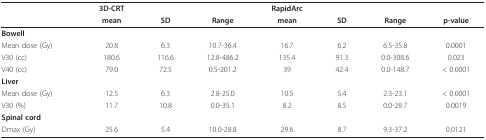
|  | 3D-CRT |  |  | RapidArc |  |  |  |
 |  | mean | SD | Range | mean | SD | Range | p-value |
 | --- | --- | --- | --- | --- | --- | --- | --- |
 | Bowell |  |  |  |  |  |  |  |
 | Mean dose (Gy) | 20.8 | 6.3 | 10.7-36.4 | 16.7 | 6.2 | 6.5-35.8 | 0.0001 |
 | V30 (cc) | 180.6 | 116.6 | 12.8-486.2 | 135.4 | 91.3 | 0.0-308.6 | 0.023 |
 | V40 (cc) | 79.0 | 72.5 | 0.5-201.2 | 39 | 42.4 | 0.0-148.7 | < 0.0001 |
 | Liver |  |  |  |  |  |  |  |
 | Mean dose (Gy) | 12.5 | 6.3 | 2.8-25.0 | 10.5 | 5.4 | 2.3-23.1 | < 0.0001 |
 | V30 (%) | 11.7 | 10.8 | 0.0-35.1 | 8.2 | 8.5 | 0.0-28.7 | 0.0019 |
 | Spinal cord |  |  |  |  |  |  |  |
 | Dmax (Gy) | 25.6 | 5.4 | 10.0-28.8 | 29.6 | 8.7 | 9.3-37.2 | 0.0121 |